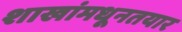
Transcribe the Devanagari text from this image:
शाखांमधूनतयार